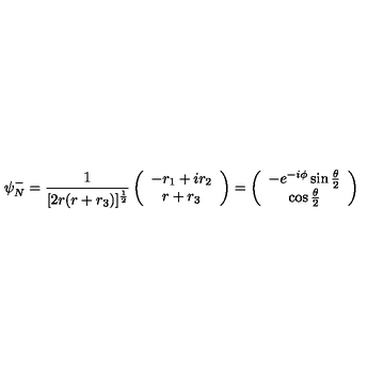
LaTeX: \psi _ { N } ^ { - } = \frac { 1 } { [ 2 r ( r + r _ { 3 } ) ] ^ { \frac { 1 } { 2 } } } \left( \begin{array} { c } { - r _ { 1 } + i r _ { 2 } } \\ { r + r _ { 3 } } \\ \end{array} \right) = \left( \begin{array} { c } { - e ^ { - i \phi } \sin \frac { \theta } { 2 } } \\ { \cos \frac { \theta } { 2 } } \\ \end{array} \right)